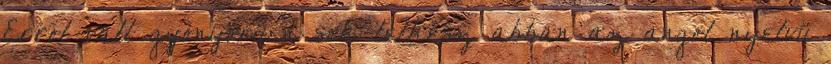
Erről vall gyönyörűen sok lelkész abban az angol nyelvü